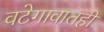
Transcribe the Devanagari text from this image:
वटेगावातही